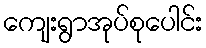
ကျေးရွာအုပ်စုပေါင်း